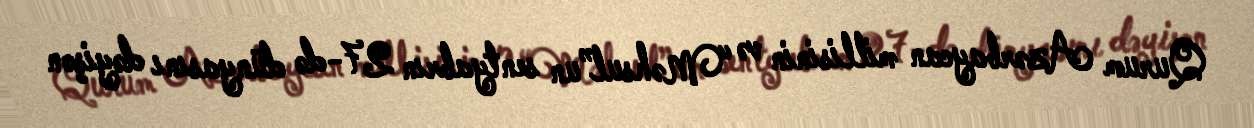
Qurum Azərbaycan millisinin və “Məhsul”un sentyabrın 27-də dünyasını dəyişən